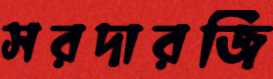
সরদারজি